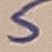
Text: 5